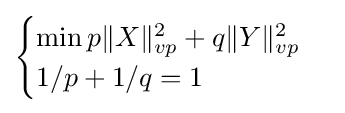
{\begin{cases}\min p\|X\|_{vp}^{2}+q\|Y\|_{vp}^{2}\\1/p+1/q=1\end{cases}}